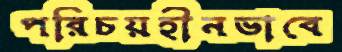
পরিচয়হীনভাবে